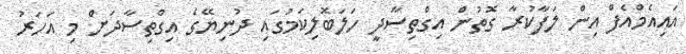
އައިއެމްއެފް އިން ލަފާކުރާ ގޮތުން އިގްތިސާދީ ހަލަބޮލިކަމުގައި ދުނިޔޭގެ އިގްތިސާދަށް މި އަހަރު